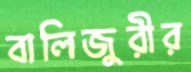
বালিজুরীর